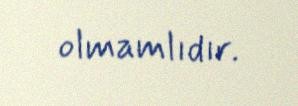
olmamlıdır.